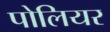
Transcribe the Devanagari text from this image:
पोलियर